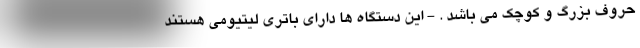
حروف بزرگ و کوچک می باشد . - این دستگاه ها دارای باتری لیتیومی هستند